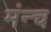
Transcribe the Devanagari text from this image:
मंन्च